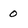
Character: 0